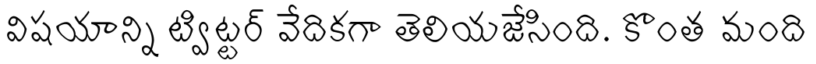
విషయాన్ని ట్విట్టర్ వేదికగా తెలియజేసింది. కొంత మంది